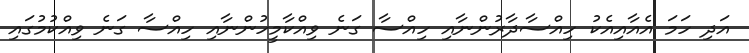
އަދި ހަމަ އެއާއިއެކު ހިއްސާދާރުންނާއި ހިއްސާ ގަނެ ވިއްކާމީހުންނާއި ހިއްސާ ގަނެ ވިއްކުމުގައި